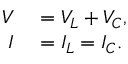
\begin{array} { r l } { V } & { { } = V _ { L } + V _ { C } , } \\ { I } & { { } = I _ { L } = I _ { C } . } \end{array}